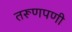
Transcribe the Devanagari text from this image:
तरूणपणी